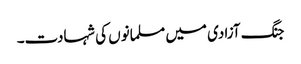
جنگ آزادی میں مسلمانوں کی شہادت۔